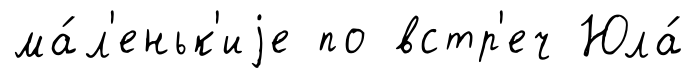
ма́л'еньк'иjе по встр'еч Юла́